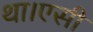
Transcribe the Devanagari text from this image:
था।एसी